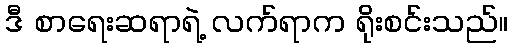
ဒီ စာရေးဆရာရဲ့ လက်ရာက ရိုးစင်းသည်။